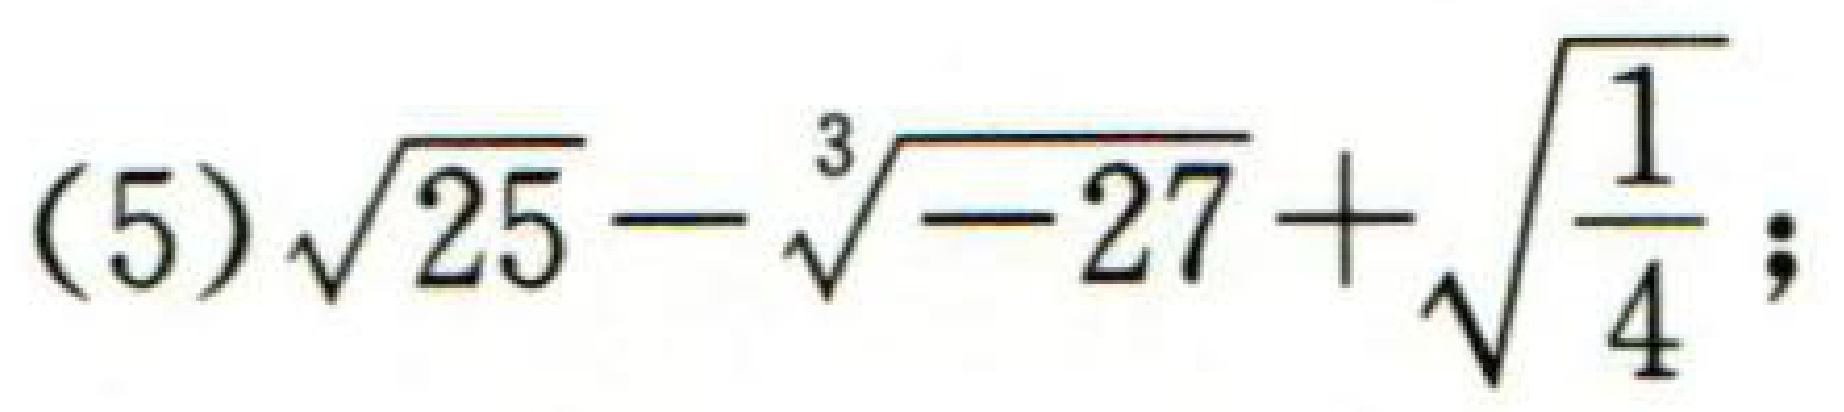
(5)\(\sqrt{25}-\sqrt[3]{-27}+\sqrt{\dfrac{1}{4}};\)